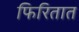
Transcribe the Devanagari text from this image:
फिरितात